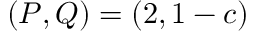
( P , Q ) = ( 2 , 1 - c )